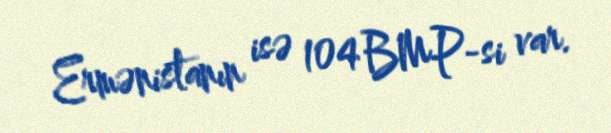
Ermənistanın isə 104 BMP-si var.